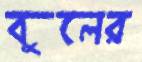
বুলের